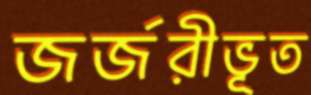
জর্জরীভূত